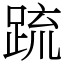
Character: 䟽